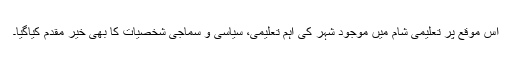
اس موقع پر تعلیمی شام میں موجود شہر کی اہم تعلیمی، سیاسی و سماجی شخصیات کا بھی خیر مقدم کیاگیا۔